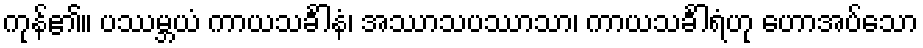
ကုန်၏။ ပဿမ္ဘယံ ကာယသင်္ခါနံ၊ အဿာသပဿာသာ၊ ကာယသင်္ခါရံဟု ဟောအပ်သော